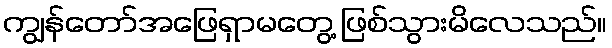
ကျွန်တော်အဖြေရှာမတွေ့ ဖြစ်သွားမိလေသည်။